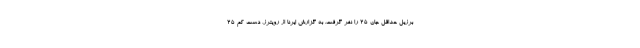
برزیل حداقل جان ۲۵ را نفر گرفت. به گزارش ایرنا از رویترز، دست کم ۲۵